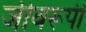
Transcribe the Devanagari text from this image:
जीवरूपी